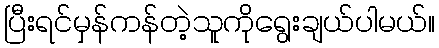
ပြီးရင်မှန်ကန်တဲ့သူကိုရွေးချယ်ပါမယ်။